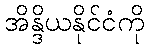
အိန္ဒိယနိုင်ငံကို